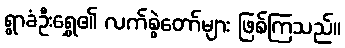
ရွာခံဦးရွှေ၏ လက်စွဲတော်များ ဖြစ်ကြသည်။